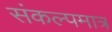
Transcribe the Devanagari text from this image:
संकल्पमात्र